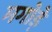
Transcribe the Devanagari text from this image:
मगोड़े